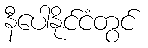
နီပေါနိုင်ငံတွင်